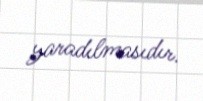
yaradılmasıdır.